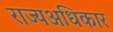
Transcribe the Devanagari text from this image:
राज्यअधिकार